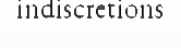
indiscretions